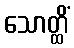
သောတ္ထိံ